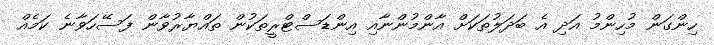
ހިންގަން މުހިންމު އަދި އެ ބަދަލުތަކަށް އާންމުންނާއި އިންޑަސްޓްރީތަކުން ތައްޔާރުވާން ފަސޭހަވާނެ ކަމެއް